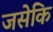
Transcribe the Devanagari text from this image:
जसेकि